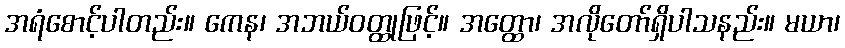
အရံစောင့်ပါတည်း။ ကေန၊ အဘယ်ဝတ္ထုဖြင့်။ အတ္ထော၊ အလိုတော်ရှိပါသနည်း။ မယာ၊